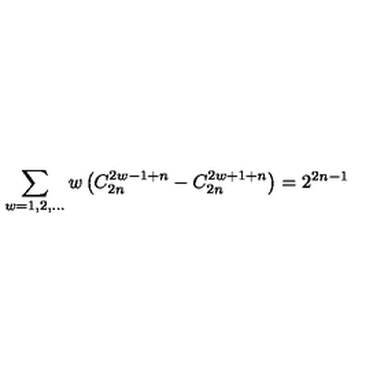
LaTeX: \sum _ { w = 1 , 2 , \ldots } w \left( C _ { 2 n } ^ { 2 w - 1 + n } - C _ { 2 n } ^ { 2 w + 1 + n } \right) = 2 ^ { 2 n - 1 }